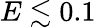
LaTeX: E\lesssim 0.1